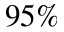
9 5 \%